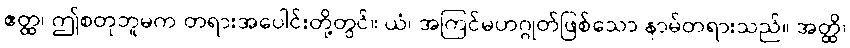
ဧတ္ထ၊ ဤစတုဘူမက တရားအပေါင်းတို့တွင်။ ယံ၊ အကြင်မဟဂ္ဂုတ်ဖြစ်သော နာမ်တရားသည်။ အတ္ထိ၊